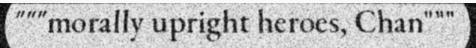
"""morally upright heroes, Chan"""